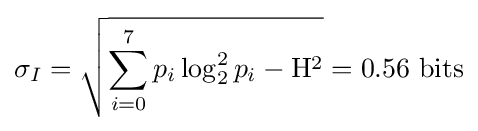
\sigma _{I}={\sqrt {\sum _{i=0}^{7}p_{i}\log _{2}^{2}p_{i}-\mathrm {H} ^{2}}}=0.56{\text{ bits}}